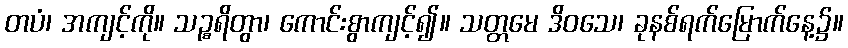
တပံ၊ အကျင့်ကို။ သဉ္စရိတွာ၊ ကောင်းစွာကျင့်၍။ သတ္တမေ ဒိဝသေ၊ ခုနစ်ရက်မြောက်နေ့၌။